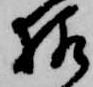
様